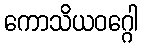
ကောသိယဝဂ္ဂေါ